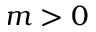
m > 0